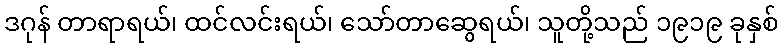
ဒဂုန် တာရာရယ်၊ ထင်လင်းရယ်၊ သော်တာဆွေရယ်၊ သူတို့သည် ၁၉၁၉ ခုနှစ်